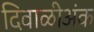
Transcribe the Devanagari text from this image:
दिवाळीअंक